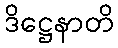
ဒိဋ္ဌေနာတိ